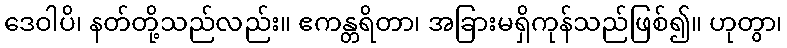
ဒေဝါပိ၊ နတ်တို့သည်လည်း။ ဧကန္တရိတာ၊ အခြားမရှိကုန်သည်ဖြစ်၍။ ဟုတွာ၊